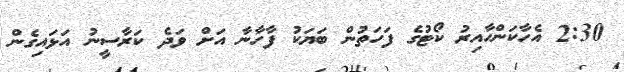
2:30 އެހާކަންހާއިރު ކޯޓުގެ ފަހަތުން ބަޔަކު ފާހާނާ އަށް ވަދެ ކަރާސީނު އަޅައިގެން